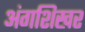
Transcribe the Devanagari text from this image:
अंगशिखर